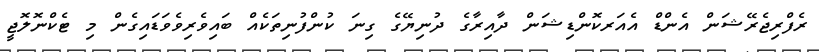
ރެފްރިޖެރޭޝަން އެންޑް އެއަރކޮންޑިޝަން ދާއިރާގެ ދުނިޔޭގެ ގިނަ ކުންފުނިތަކެއް ބައިވެރިވެވަޑައިގެން މި ޓެކްނޮލޮޖީ